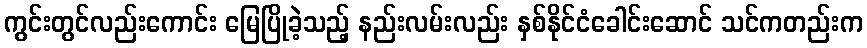
ကွင်းတွင်လည်းကောင်း မြေပြိုခဲ့သည့် နည်းလမ်းလည်း နှစ်နိုင်ငံခေါင်းဆောင် သင်ကတည်းက